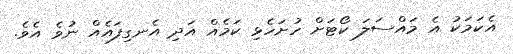
އެކަމަކު އެ މައްސަލަ ކޯޓަށް ހުށަހެޅި ކަމެއް އަދި އެނގިފައެއް ނުވެ އެވެ.